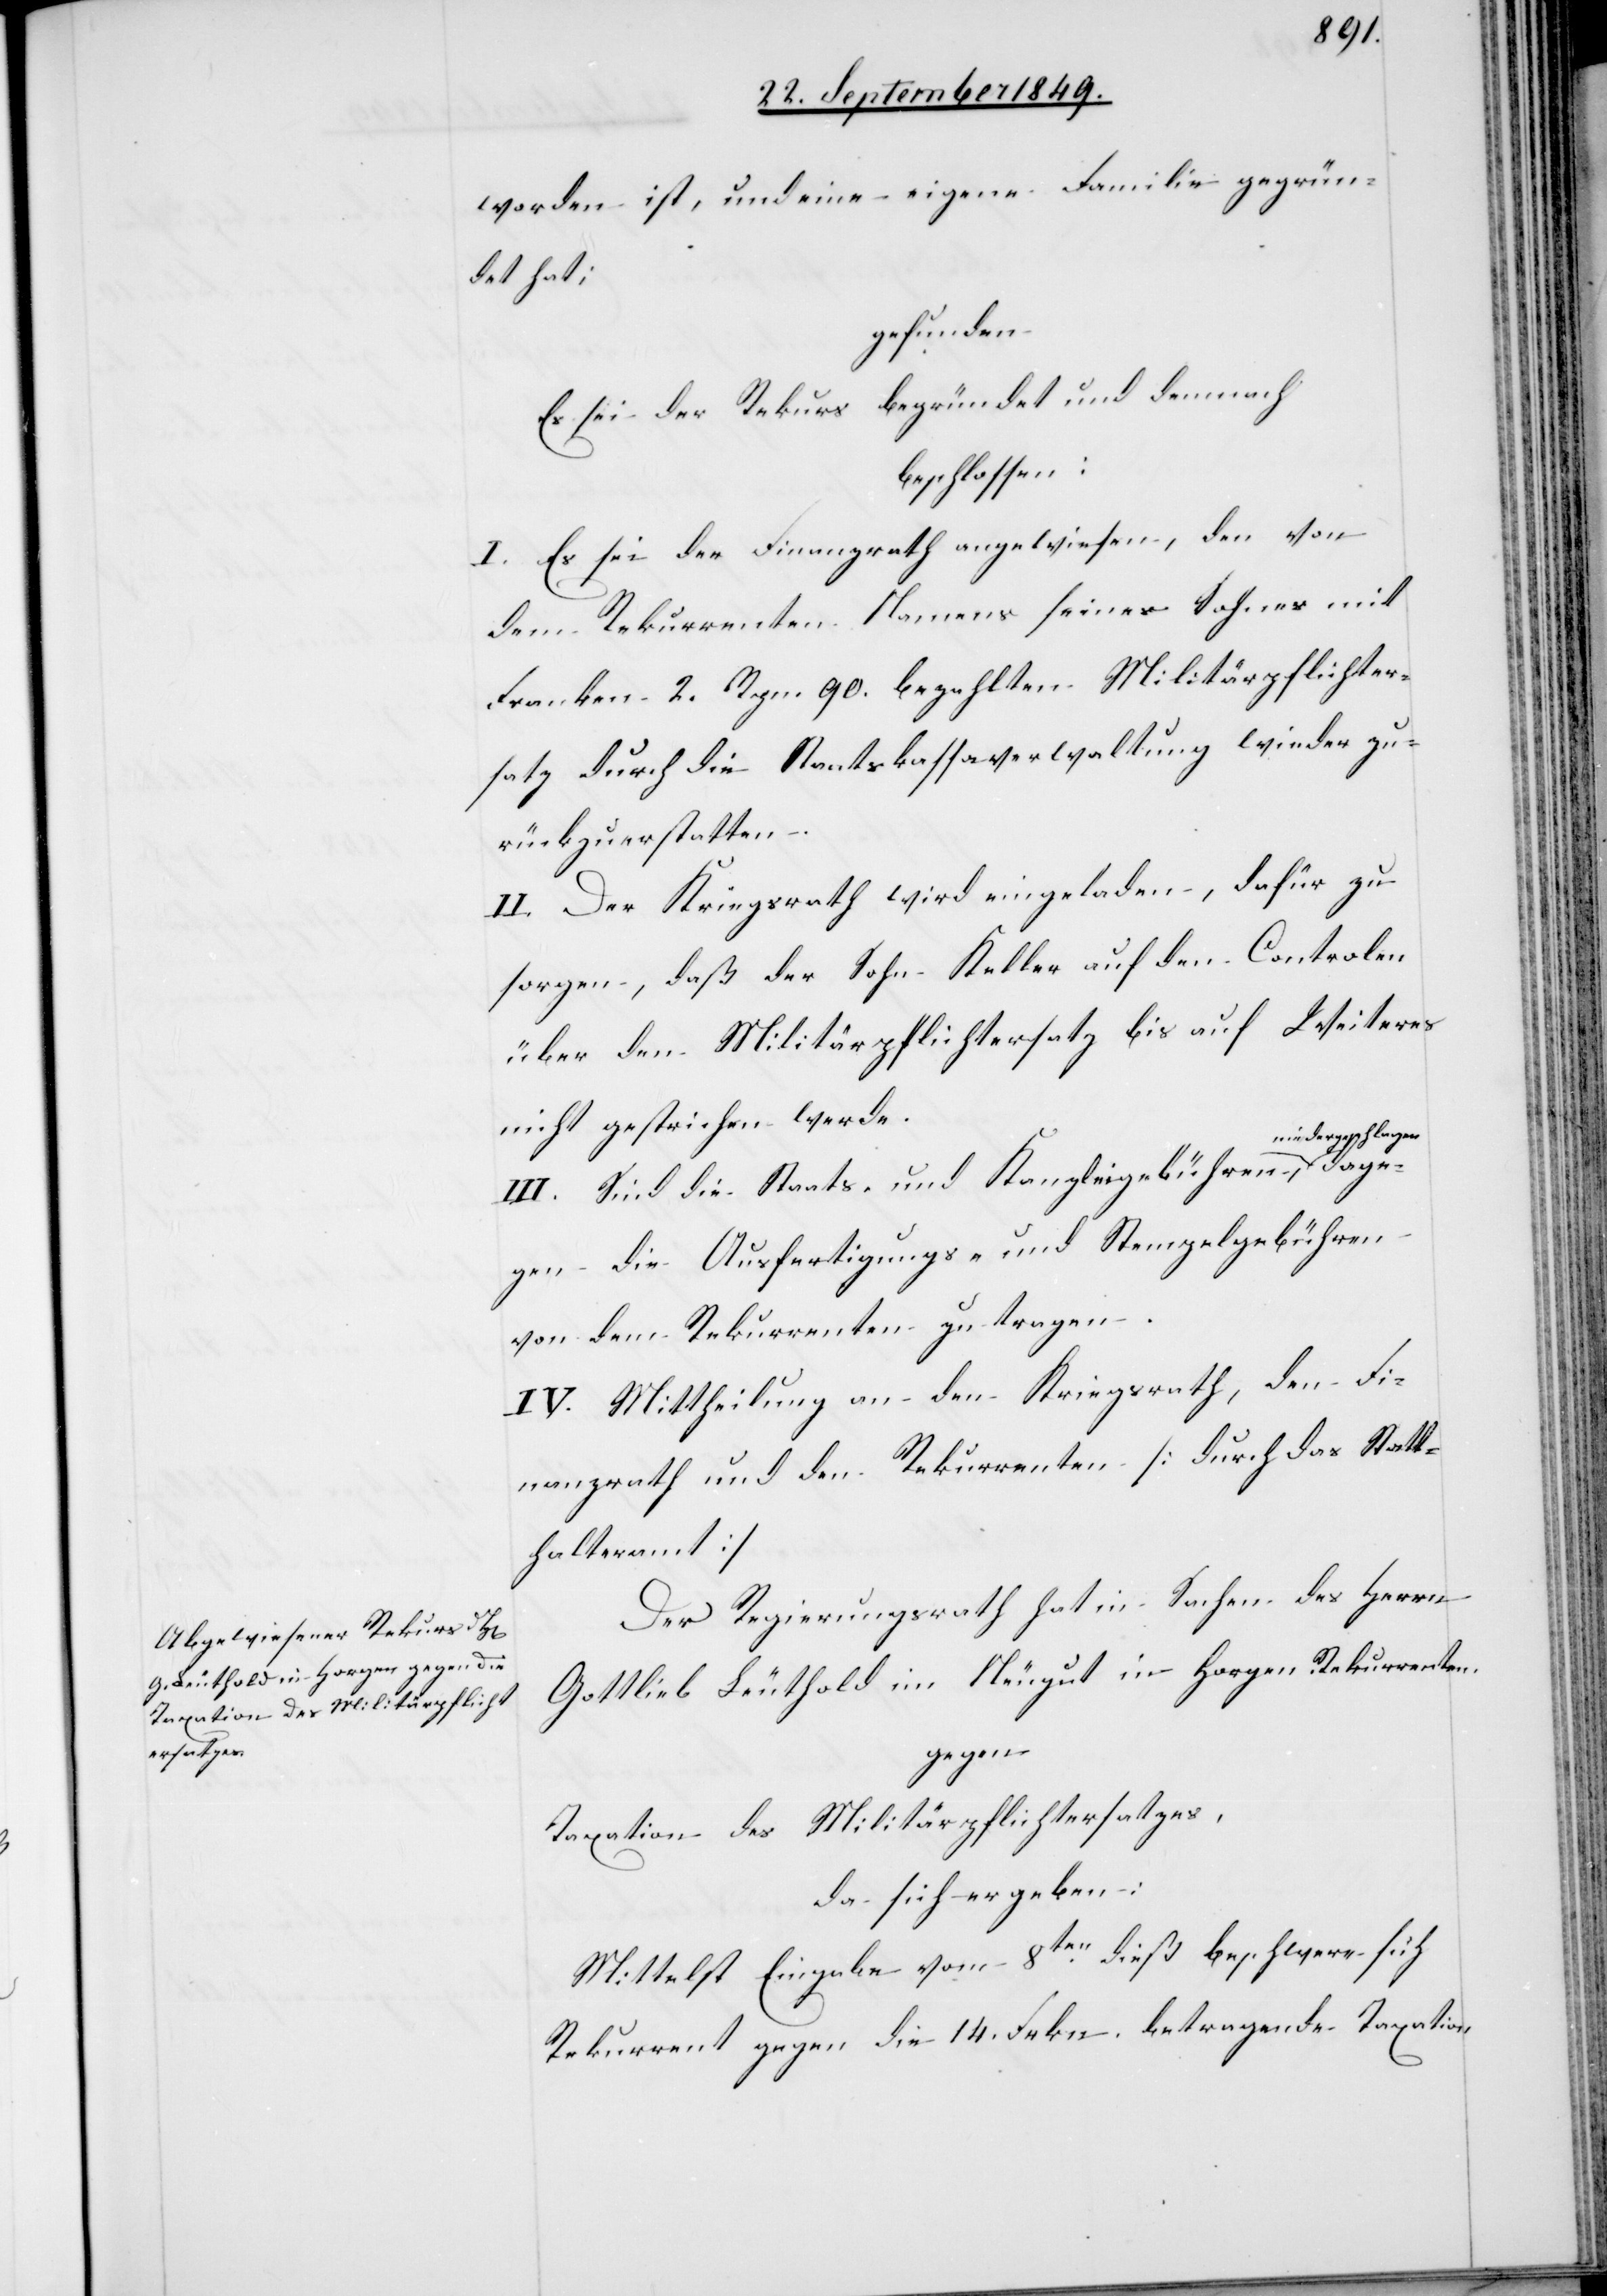
worden ist, und eine eigene Familie gegrün¬
det hat;
gefunden:
Es sei der Rekurs begründet und demnach
beschlossen:
I. Es sei der Finanzrath angewiesen, den von
dem Rekurrenten Namens seines Sohnes mit
Franken 2. Rpn. 90. bezahlten Militärpflichter¬
satz durch die Staatskassaverwaltung wieder zu¬
rückzuerstatten.
II. Der Kriegsrath wird eingeladen, dafür zu
sorgen, daß der Sohn Keller auf den Controlen
über den Militärpflichtersatz bis auf Weiteres
nicht gestrichen werde.
iedergeschlagen
III. Sind die Staats- und Kanzleigebühren, n¬
gen die Ausfertigungs- und Stempelgebühren
von dem Rekurrenten zu tragen.
IV. Mittheilung an den Kriegsrath, den Fi¬
nanzrath und den Rekurrenten [durch das Statt¬
halteramt][.]
Der Regierungsrath hat in Sachen des Herrn
Gottlieb Leuthold im Neugut in Horgen Rekurrenten
gegen
Taxation des Militärpflichtersatzes,
da sich ergeben:
Mittelst Eingabe vom 8ten dieß beschwere sich
Rekurrent gegen die 14. Frkn. betragende Taxation